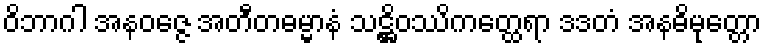
ဝိဘာဂါ အနဝဇ္ဇေ အတီတဓမ္မာနံ သဋ္ဌိဝဿိကတ္ထေရာ ဒဒတံ အနဓိမုတ္တော